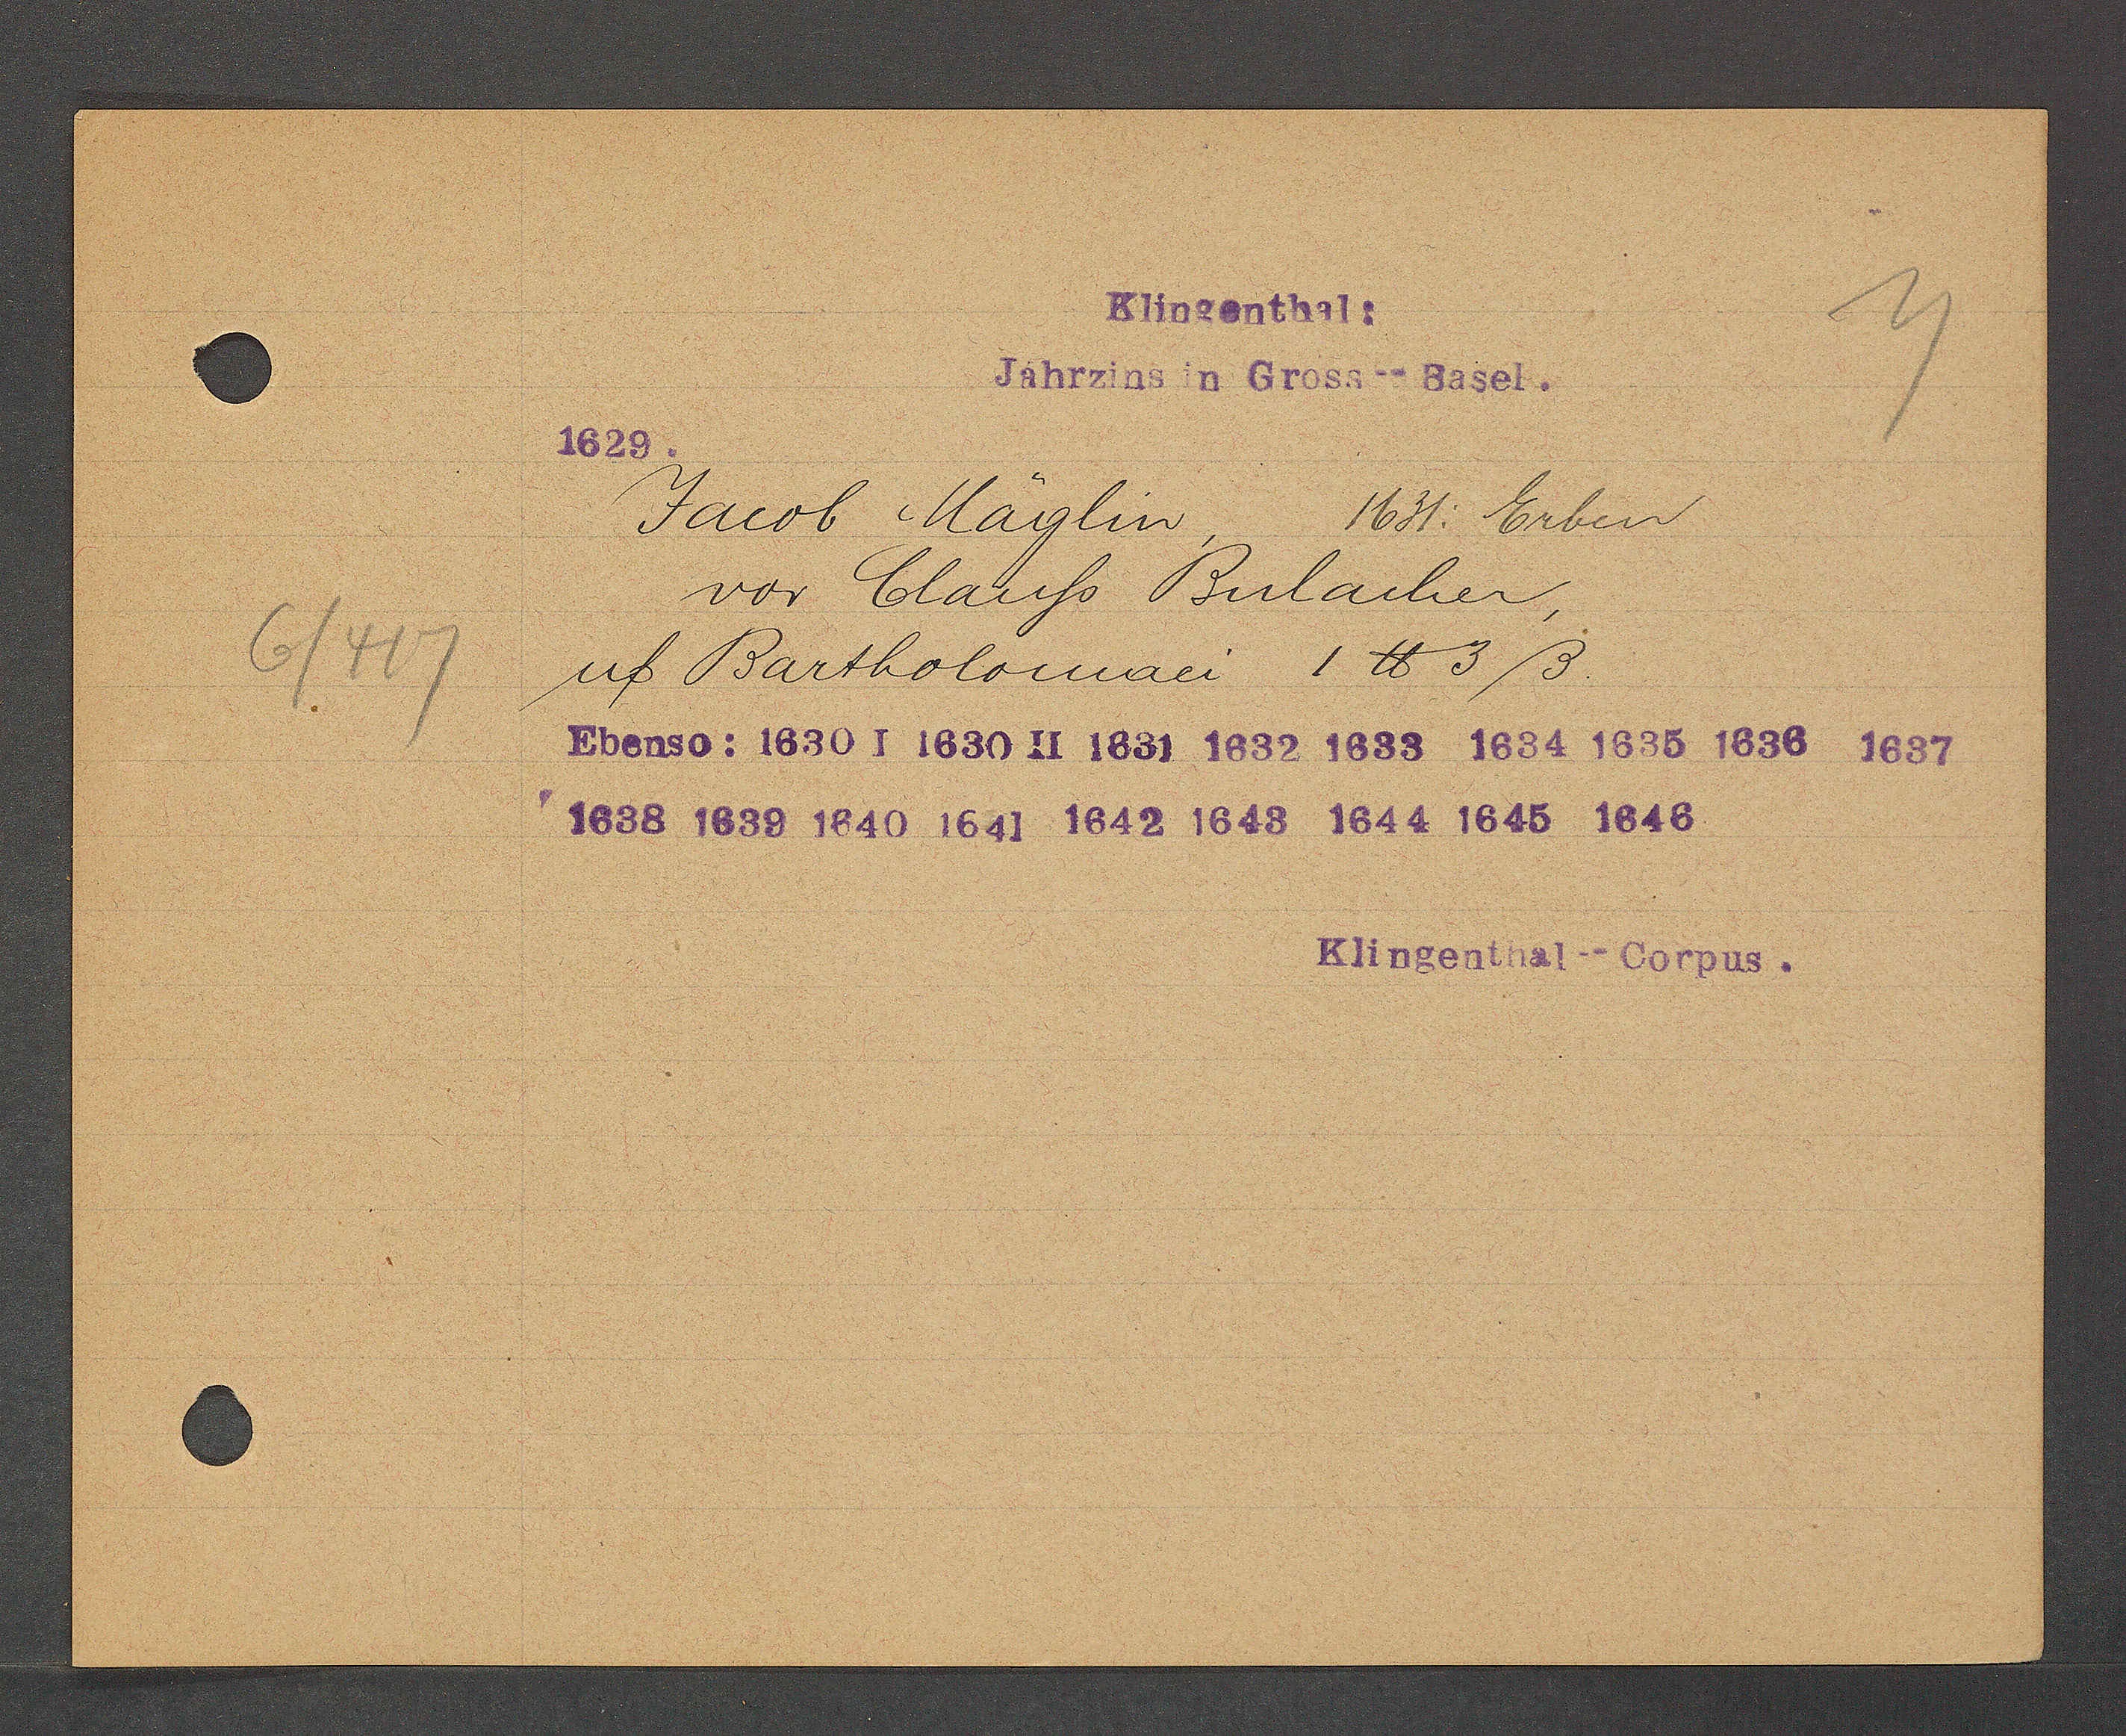
Transcript:
6
417

Klingenthal:

Jahrzins in Gross--Basel.
1629.
Jacob Mäglin,
1631: Erben
vor Clauss Bulacher,
uf Bartholomaei 1 ℔ 3 ß.
Ebenso: 1630 I 1630 II 1631 1632 1633 1634 1635 1636 1637
1638 1639 1640 1641 1642 1643 1644 1645 1646

Klingenthal--Corpus.